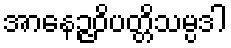
အာနေဉ္ဇဝိပတ္တိသမ္ပဒါ